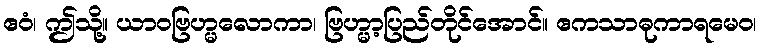
ဧဝံ၊ ဤသို့။ ယာဝဗြဟ္မလောကာ၊ ဗြဟ္မာ့ပြည်တိုင်အောင်။ ဧကသာဓုကာရမေဝ၊